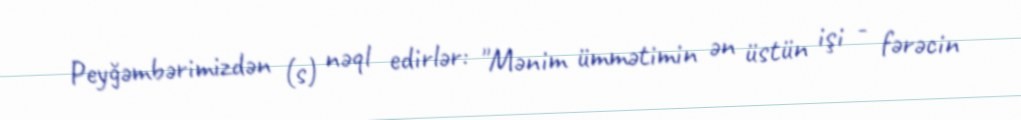
Peyğəmbərimizdən (s) nəql edirlər: "Mənim ümmətimin ən üstün işi - fərəcin